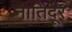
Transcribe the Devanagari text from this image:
नातिदूर